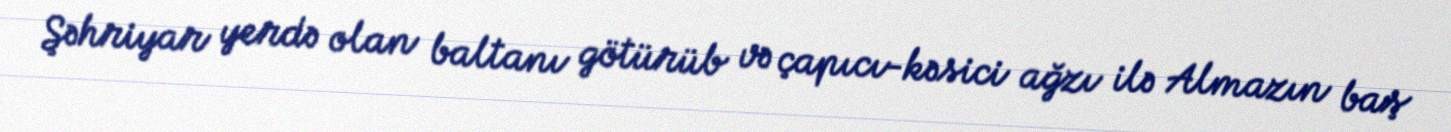
Şəhriyar yerdə olan baltanı götürüb və çapıcı-kəsici ağzı ilə Almazın baş